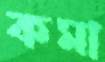
কমা